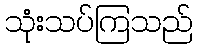
သုံးသပ်ကြသည်